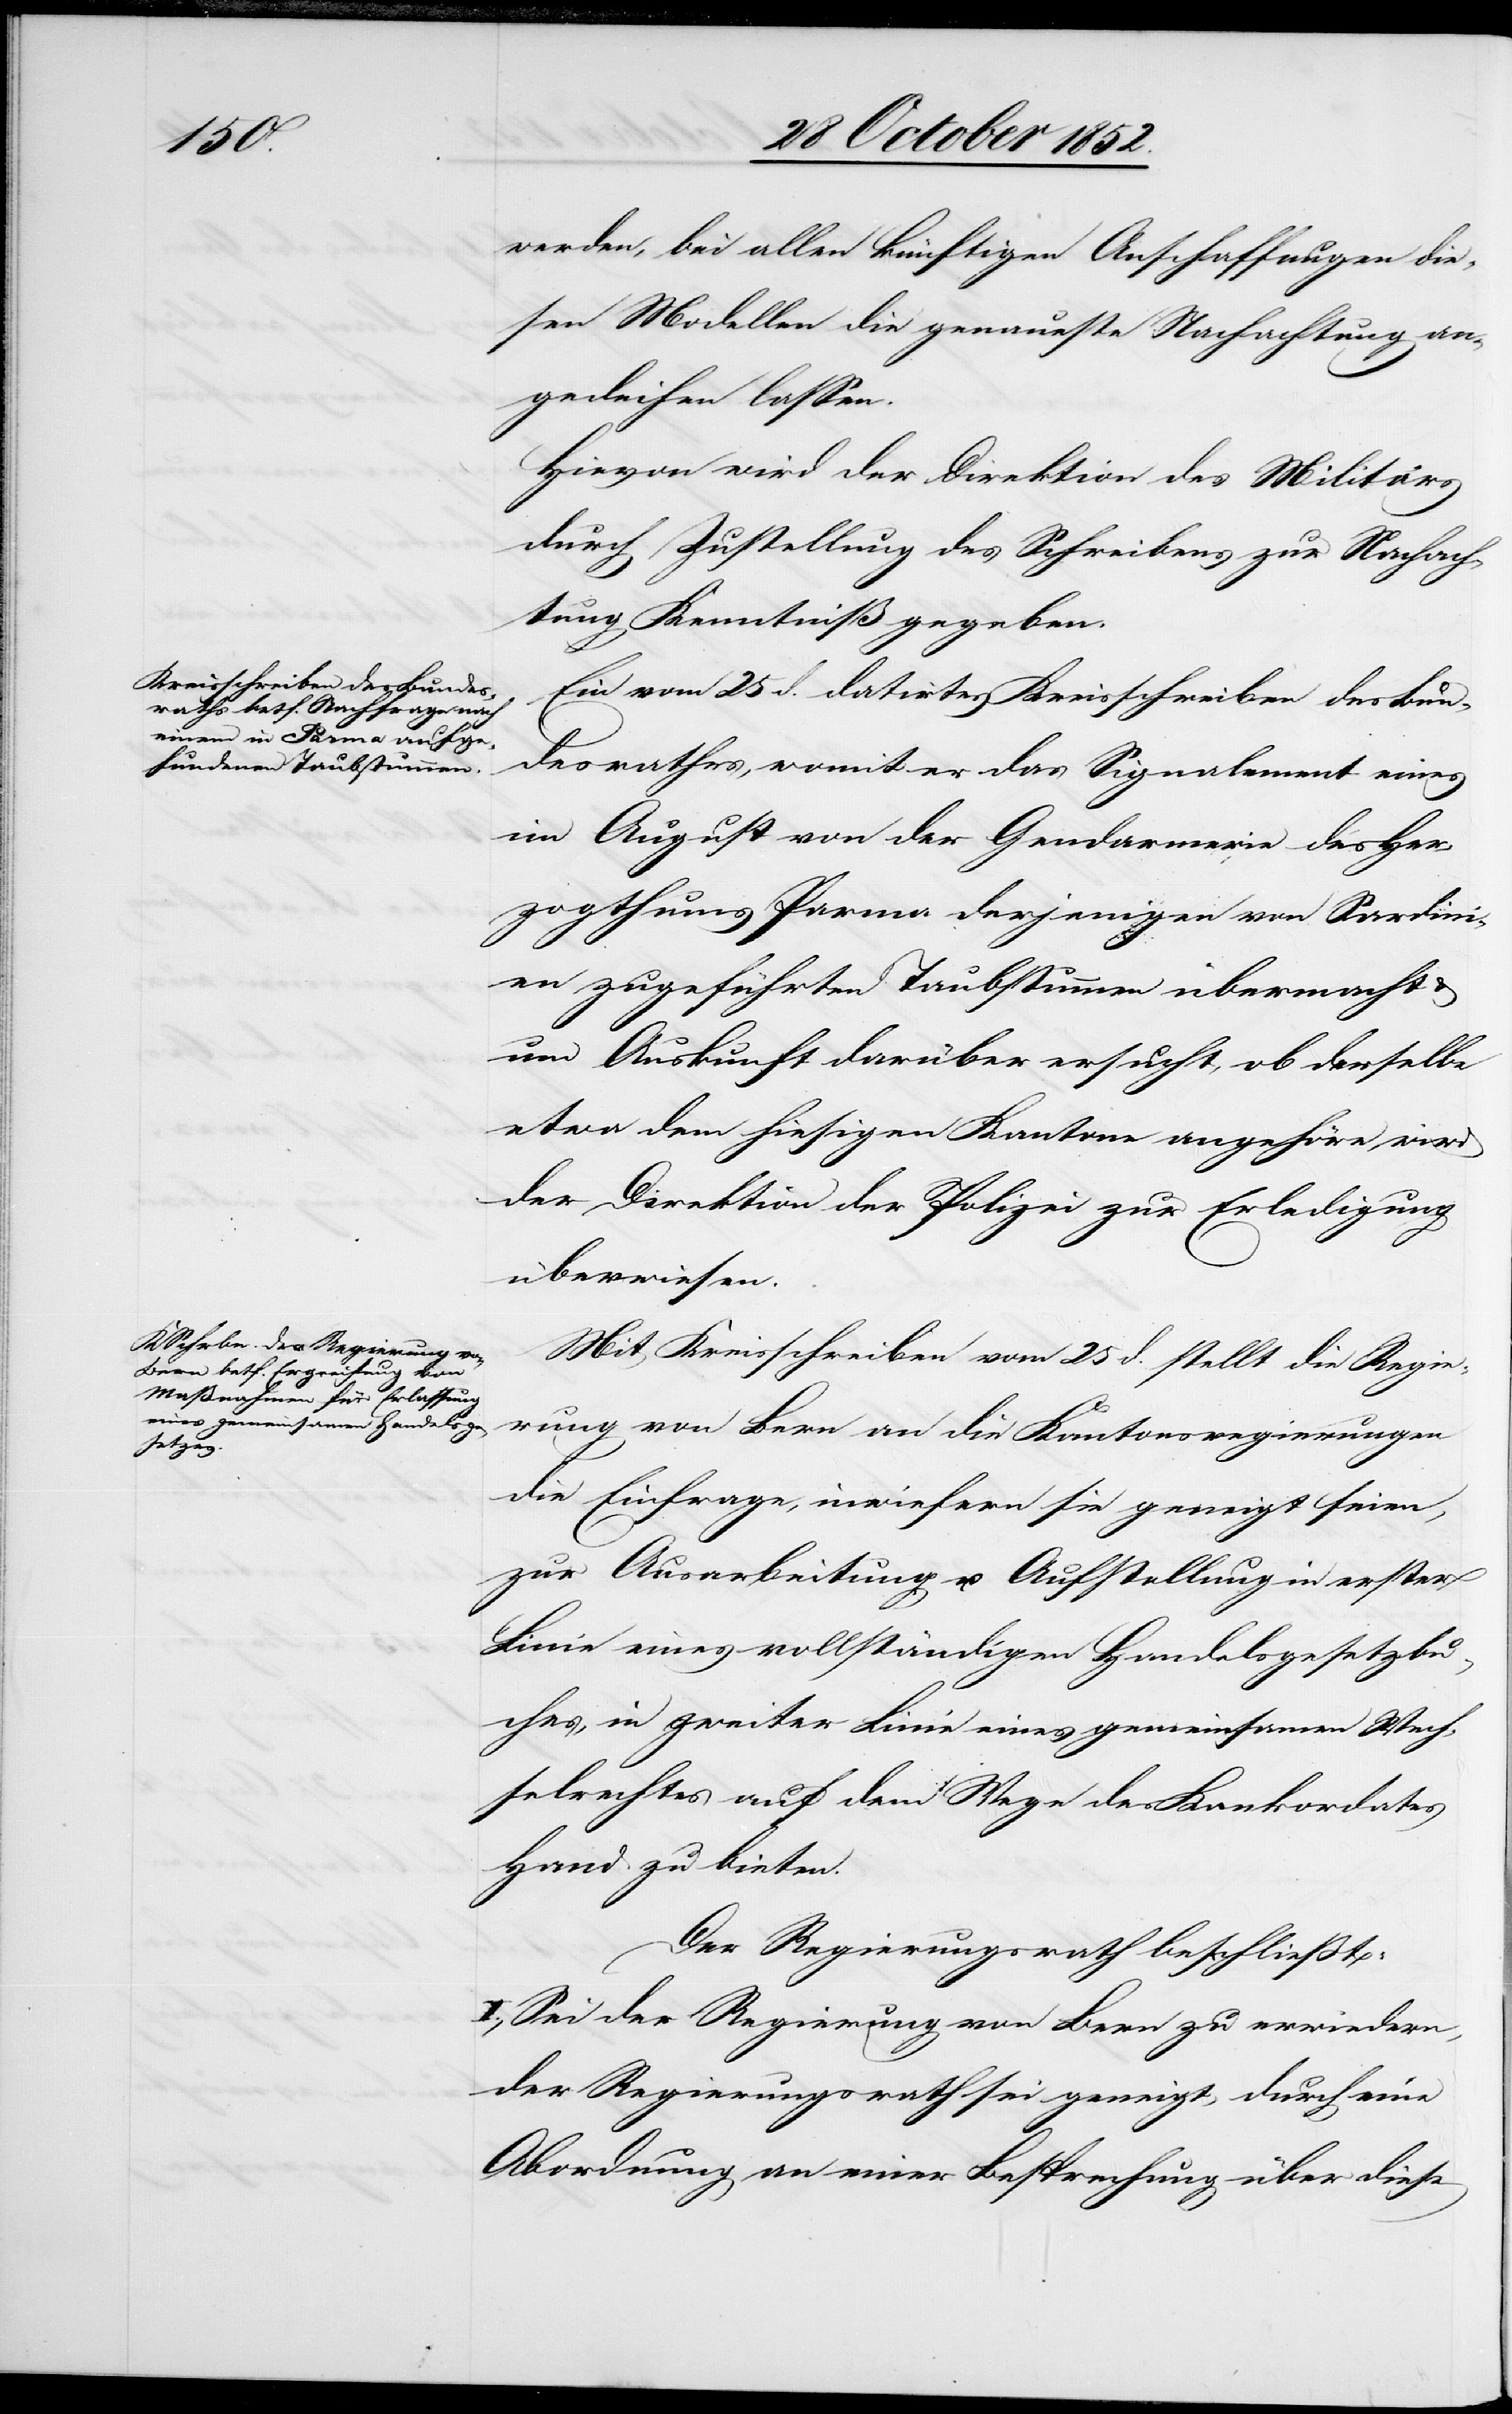
werden, bei allen künftigen Anschaffungen die¬
sen Modellen die genaueste Nachachtung an¬
gedeihen [zu] lassen.
Hievon wird der Direktion des Militärs
durch Zustellung des Schreibens zur Nachach¬
tung Kenntniß gegeben.
Ein vom 25 d. datirtes Kreisschreiben des Bun¬
desrathes, womit er das Signalement eines
im August von der Gendarmerie des Her¬
zogthums Parma derjenigen von Sardini¬
en zugeführten Taubstummen übermacht &
um Auskunft darüber ersucht, ob derselbe
etwa dem hiesigen Kantone angehöre, wird
der Direktion der Polizei zur Erledigung
überwiesen.
Mit Kreisschreiben vom 25 d. stellt die Regie¬
rung von Bern an die Kantonsregierungen
die Einfrage, inwiefern sie geneigt seien,
zur Ausarbeitung u. Aufstellung in erster
Linie eines vollständigen Handelsgesetzbu¬
ches, in zweiter Linie eines gemeinsamen Wech¬
selrechtes auf dem Wege des Konkordates
Hand zu bieten.
Der Regierungsrath beschließt:
I., Sei der Regierung von Bern zu erwiedern,
der Regierungsrath sei geneigt, durch eine
Abordnung an einer Besprechung über diese